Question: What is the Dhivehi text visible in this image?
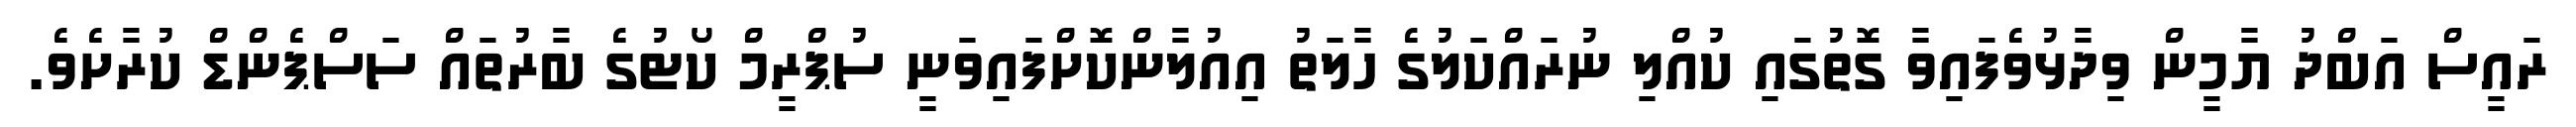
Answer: ރައީސް އަބްދު ޔާމީން ވިދާޅުވެފައިވާ ގޮތުގައި ކުއްލި ނުރައްކަލުގެ ހާލަތު އިއުލާންކޮށްފައިވަނީ ސުޕްރީމް ކޯޓުގެ ބާރުތައް ސަސްޕެންޑް ކުރާށެވެ.